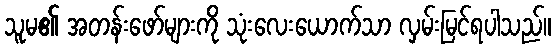
သူမ၏ အတန်းဖော်များကို သုံးလေးယောက်သာ လှမ်းမြင်ရပါသည်။